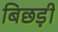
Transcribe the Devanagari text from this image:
बिछड़ी